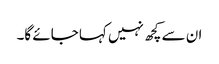
ان سے کچھ نہیں کہا جائے گا۔